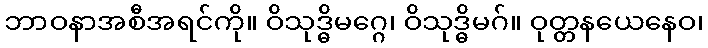
ဘာဝနာအစီအရင်ကို။ ဝိသုဒ္ဓိမဂ္ဂေ၊ ဝိသုဒ္ဓိမဂ်။ ဝုတ္တနယေနေဝ၊